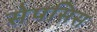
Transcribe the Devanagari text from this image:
सेपसिस